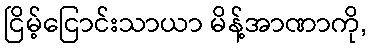
ငြိမ့်ငြောင်းသာယာ မိန့်အာဏာကို,